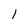
Character: l